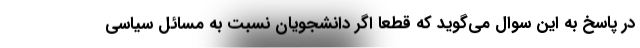
در پاسخ به این سوال می‌گوید که قطعا اگر دانشجویان نسبت به مسائل سیاسی